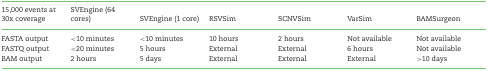
| 15,000 events at 30x coverage | SVEngine (64 cores) | SVEngine (1 core) | RSVSim | SCNVSim | VarSim | BAMSurgeon |
 | --- | --- | --- | --- | --- | --- | --- |
 | FASTA output | <10 minutes | <10 minutes | 10 hours | 2 hours | Not available | Not available |
 | FASTQ output | <20 minutes | 5 hours | External | External | 6 hours | Not available |
 | BAM output | 2 hours | 5 days | External | External | External | >10 days |